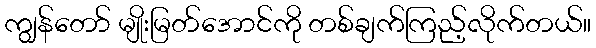
ကျွန်တော် မျိုးမြတ်အောင်ကို တစ်ချက်ကြည့်လိုက်တယ်။